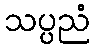
သပ္ပညံ